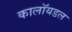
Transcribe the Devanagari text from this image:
कालॉयडल